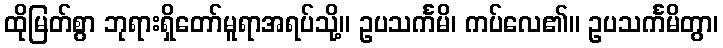
ထိုမြတ်စွာ ဘုရားရှိတော်မူရာအရပ်သို့။ ဥပသင်္ကမိ၊ ကပ်လေ၏။ ဥပသင်္ကမိတွာ၊